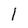
Character: l